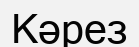
Кәрез